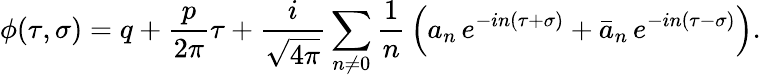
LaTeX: \phi(\tau,\sigma)=q+\frac{p}{2\pi}\tau+\frac{i}{\sqrt{4\pi}}\sum_{n\neq 0}\frac{1}{n}\, \left({a_{n}}\, e^{-in(\tau+\sigma)}+{\bar{a}_{n}}\, e^{-in(\tau-\sigma)}\right).